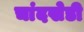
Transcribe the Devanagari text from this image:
चांदखेडी